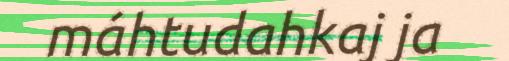
máhtudahkaj ja